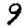
Digit: 9